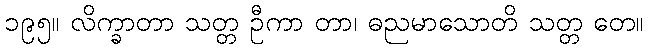
၁၉၅။ လိက္ခာတာ သတ္တ ဦကာ တာ၊ ဓညမာသောတိ သတ္တ တေ။